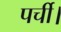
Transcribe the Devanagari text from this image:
पर्ची।